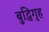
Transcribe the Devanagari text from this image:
बुद्धिगृह